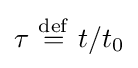
\tau \ {\stackrel {\mathrm {def} }{=}}\ t/t_{0}